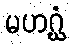
မဟဂ္ဃံ